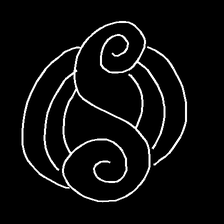
Glyph: wind-underfoot